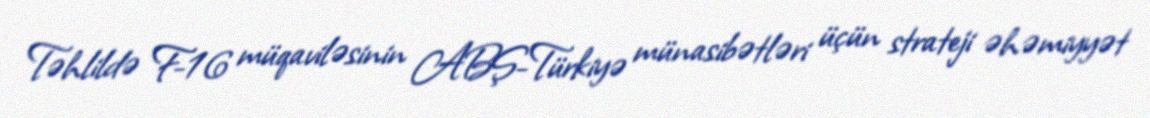
Təhlildə F-16 müqaviləsinin ABŞ-Türkiyə münasibətləri üçün strateji əhəmiyyət